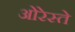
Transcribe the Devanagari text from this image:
ओरेस्ते